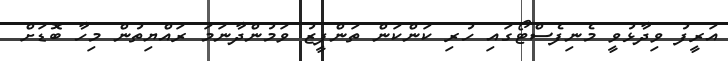
އަރީފު ވިދާޅުވީ މެނިފެސްޓޯގައި ހުރި ކަންކަން ތަންފީޒު ވަމުންދާނަމަ ރައްޔިތުން މިހާ ބޮޑަށް